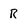
Character: R